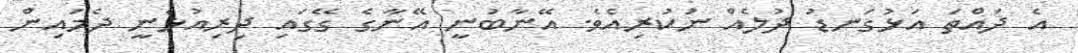
އެ ދައްތަ އަޅުގަނޑު ދުލެއް ނުކުރިއެވެ. އޭނާބުނީ އޭނާގެ ގޭގައި ދިރިއުޅެނީ ދެމައިން